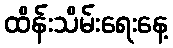
ထိန်းသိမ်းရေးနေ့